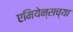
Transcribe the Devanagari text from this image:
एमियेन्सच्या